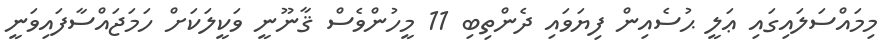
މިމައްސަލައިގައި ޢަލީ ޙުސެއިން ފިޔަވައި ދެންތިބި 11 މީހުންވެސް ޤާނޫނީ ވަކީލަކަށް ހަމަޖައްސާފައިވަނީ